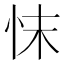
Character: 𢗿